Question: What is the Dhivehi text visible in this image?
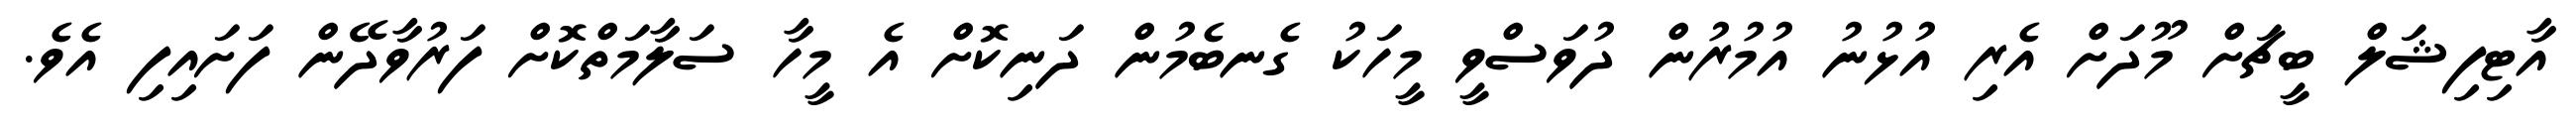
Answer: އާޓިފިޝަލް ބީޗަށް މޫދަށް އެރި އުޅުނު އުމުރުން ދުވަސްވީ މީހަކު ގެނބެމުން ދަނިކޮށް އެ މީހާ ސަލާމަތްކޮށް ފަރުވާދޭން ފަށައިފި އެވެ.